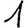
Digit: 1